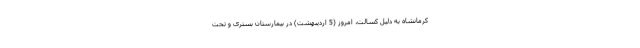
کرمانشاه به دلیل کسالت، امروز (5 اردیبهشت) در بیمارستان بستری و تحت